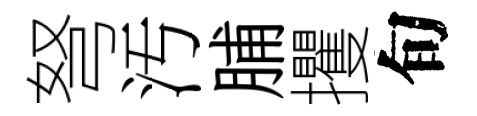
弩汚脯攫旬